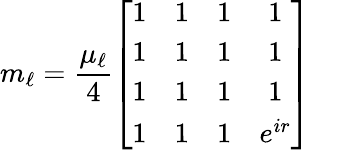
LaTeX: m_{{\ell}}=\frac{\mu_{{\ell}}}4\left[\begin{array}{cccc}{{1}}&{{1}}&{{1}}&{{1}}\\ {{1}}&{{1}}&{{1}}&{{1}}\\ {{1}}&{{1}}&{{1}}&{{1}}\\ {{1}}&{{1}}&{{1}}&{{e^{ir}}}\end{array}\right]\quad